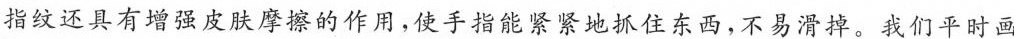
指纹还具有增强皮肤摩擦的作用，使手指能紧紧地抓住东西，不易滑掉。我们平时画